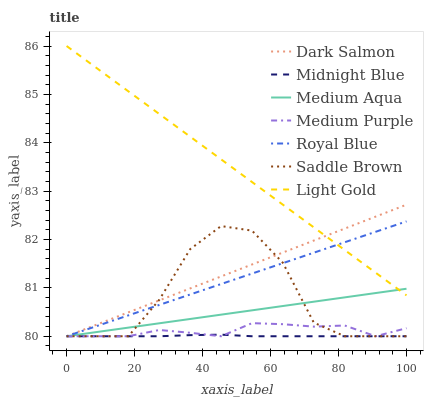
| xaxis_label | Dark Salmon | Midnight Blue | Medium Aqua | Medium Purple | Royal Blue | Saddle Brown | Light Gold |
 | --- | --- | --- | --- | --- | --- | --- | --- |
 | 0 | 80 | 80 | 80 | 80 | 80 | 80 | 86 |
 | 9.09 | 80.2 | 80 | 80.1 | 80 | 80.2 | 80 | 85.5 |
 | 18.2 | 80.5 | 80 | 80.2 | 80 | 80.4 | 80 | 85.1 |
 | 27.3 | 80.7 | 80 | 80.3 | 80.1 | 80.6 | 80.8 | 84.6 |
 | 36.4 | 81 | 80 | 80.4 | 80.1 | 80.9 | 81.8 | 84.1 |
 | 45.5 | 81.2 | 80 | 80.4 | 80 | 81.1 | 82.3 | 83.7 |
 | 54.5 | 81.5 | 80 | 80.5 | 80.3 | 81.3 | 82.2 | 83.2 |
 | 63.6 | 81.7 | 80 | 80.6 | 80.2 | 81.5 | 81.5 | 82.7 |
 | 72.7 | 82 | 80 | 80.7 | 80.2 | 81.7 | 80.3 | 82.3 |
 | 81.8 | 82.2 | 80 | 80.8 | 80.2 | 81.9 | 80 | 81.8 |
 | 90.9 | 82.5 | 80 | 80.9 | 80 | 82.2 | 80 | 81.3 |
 | 100 | 82.7 | 80 | 81 | 80.2 | 82.4 | 80 | 80.8 |